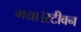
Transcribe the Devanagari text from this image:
गया।स्टीवन